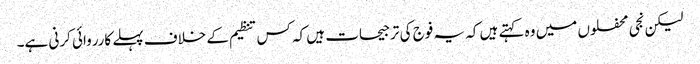
لیکن نجی محفلوں میں وہ کہتے ہیں کہ یہ فوج کی ترجیحات ہیں کہ کس تنظیم کے خلاف پہلے کارروائی کرنی ہے۔